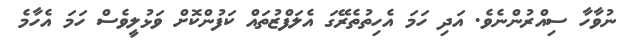
ނުވާހާ ސިއްރުންނެވެ. އަދި ހަމަ އެހިތުތެރޭގަ އެލަފްޒުތައް ކަފުންކޮށް ވަޅުލީވެސް ހަމަ އެހާމެ